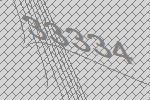
33334